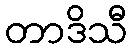
တာဒိသီ